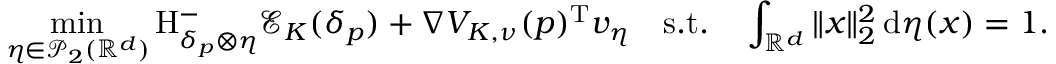
\operatorname* { m i n } _ { \eta \in \mathcal { P } _ { 2 } ( \mathbb { R } ^ { d } ) } \mathrm H _ { \delta _ { p } \otimes \eta } ^ { - } \mathcal E _ { K } ( \delta _ { p } ) + \nabla V _ { K , \nu } ( p ) ^ { \mathrm { T } } v _ { \eta } \quad \mathrm { s . t . } \quad \int _ { \mathbb { R } ^ { d } } \| x \| _ { 2 } ^ { 2 } \, \mathrm { d } \eta ( x ) = 1 .